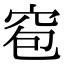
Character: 窇